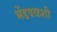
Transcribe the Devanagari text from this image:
भेंडवळशी